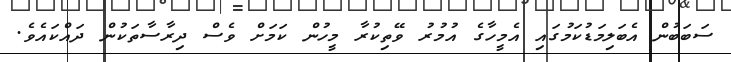
ސަބަބުން އެބަލިމަޑުކަމުގައި އެމީހާގެ އުމުރު ވޭތިކުރާ މީހުން ކަމަށް ވެސް ދިރާސާތަކުން ދައްކައެވެ.